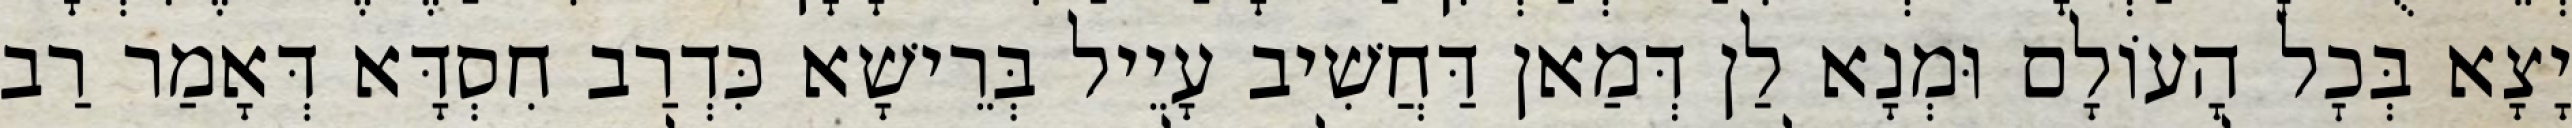
יָצָא בְּכׇל הָעוֹלָם וּמְנָא לַן דְּמַאן דַּחֲשִׁיב עָיֵיל בְּרֵישָׁא כִּדְרַב חִסְדָּא דְּאָמַר רַב